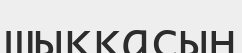
шыққасын